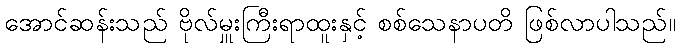
အောင်ဆန်းသည် ဗိုလ်မှူးကြီးရာထူးနှင့် စစ်သေနာပတိ ဖြစ်လာပါသည်။